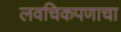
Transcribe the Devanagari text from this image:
लवचिकपणाचा